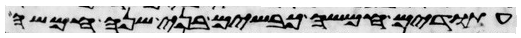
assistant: עתודים חמשה כבשים בני שנה חמשה